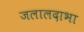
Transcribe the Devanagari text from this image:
जलालदाभा